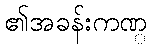
၏အခန်းကဏ္